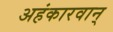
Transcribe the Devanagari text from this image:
अहंकारवान्